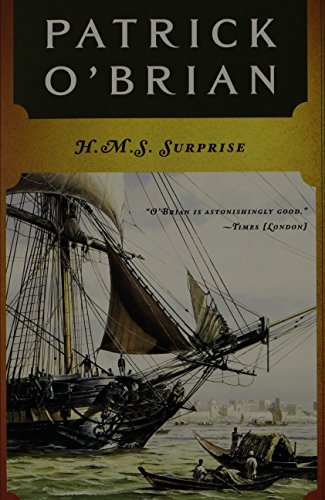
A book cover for H. M. S. Surprise (Aubrey / Maturin); Patrick O'Brian; Literature & Fiction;